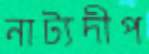
নাট্যদীপ